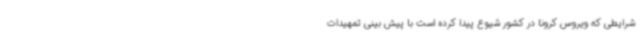
شرایطی که ویروس کرونا در کشور شیوع پیدا کرده است با پیش بینی تمهیدات